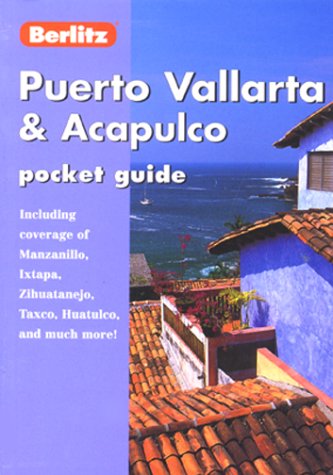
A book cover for PUERTO VALLARTA & ACAPULCO POCKET GUIDE (Pocket Guides); Travel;